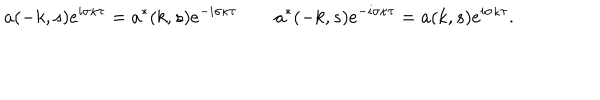
LaTeX: a ( - k , s ) e ^ { i \sigma \kappa \tau } = a ^ { * } ( k , s ) e ^ { - i \sigma \kappa \tau } \qquad a ^ { * } ( - k , s ) e ^ { - i \sigma \kappa \tau } = a ( k , s ) e ^ { i \sigma \kappa \tau } .